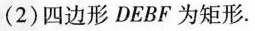
(2) 四边形 DEBF 为矩形.